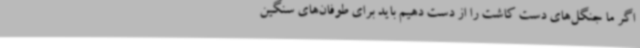
اگر ما جنگل‌های دست کاشت را از دست دهیم باید برای طوفان‌های سنگین